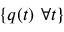
\{ q ( t ) ~ \forall t \}